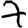
Digit: 7